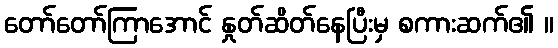
တော်တော်ကြာအောင် နှုတ်ဆိတ်နေပြီးမှ စကားဆက်၏ ။